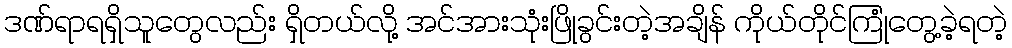
ဒဏ်ရာရရှိသူတွေလည်း ရှိတယ်လို့ အင်အားသုံးဖြိုခွင်းတဲ့အချိန် ကိုယ်တိုင်ကြုံတွေ့ခဲ့ရတဲ့